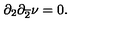
\partial _ { 2 } \partial _ { \overline { { 2 } } } \nu = 0 .